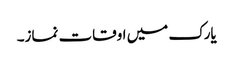
یارک میں اوقات نماز۔